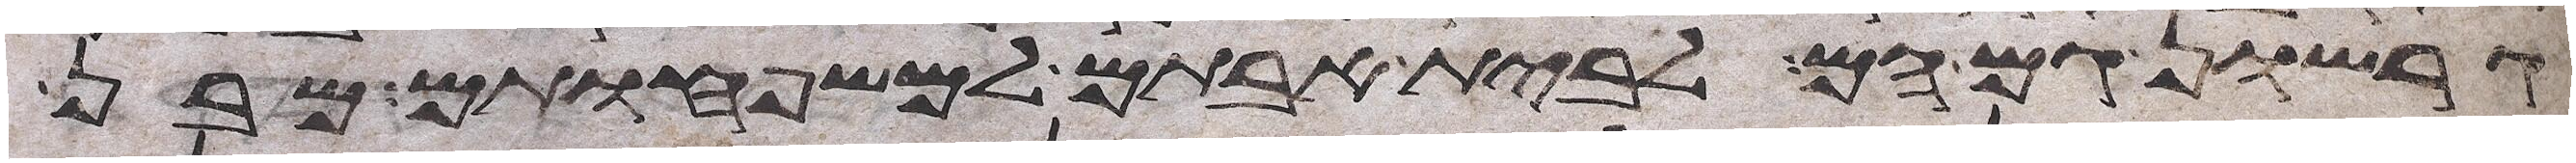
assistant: גרשון גם הם לבית אבותם למשפחותם מבן